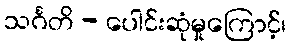
သင်္ဂတိ - ပေါင်းဆုံမှုကြောင့်၊